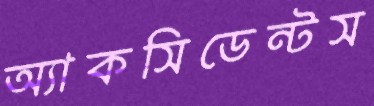
অ্যাকসিডেন্টস